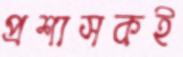
প্রশাসকই